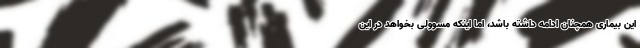
این بیماری همچنان ادامه داشته باشد، اما اینکه مسوولی بخواهد در این